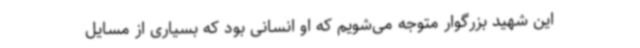
این شهید بزرگوار متوجه می‌شویم که او انسانی بود که بسیاری از مسایل